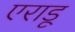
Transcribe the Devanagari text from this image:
एराडू